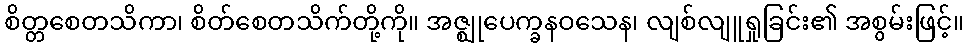
စိတ္တစေတသိကာ၊ စိတ်စေတသိက်တို့ကို။ အဇ္ဈုပေက္ခနဝသေန၊ လျစ်လျူရှုခြင်း၏ အစွမ်းဖြင့်။